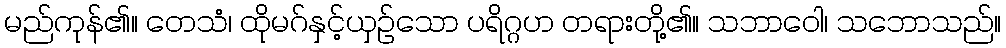
မည်ကုန်၏။ တေသံ၊ ထိုမဂ်နှင့်ယှဉ်သော ပရိဂ္ဂဟ တရားတို့၏။ သဘာဝေါ၊ သဘောသည်။